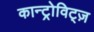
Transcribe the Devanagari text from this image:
कान्ट्रोविट्ज़